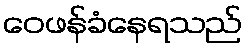
ဝေဖန်ခံနေရသည်